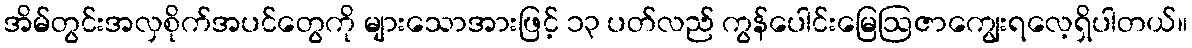
အိမ်တွင်းအလှစိုက်အပင်တွေကို များသောအားဖြင့် ၁၃ ပတ်လည် ကွန်ပေါင်းမြေဩဇာကျွေးရလေ့ရှိပါတယ်။